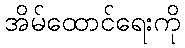
အိမ်ထောင်ရေးကို